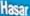
Hasar